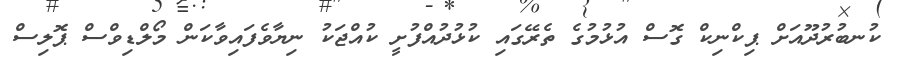
ކުނބުރުދޫއަށް ޕިކްނިކް ގޮސް އުޅުމުގެ ތެރޭގައި ކުޅުދުއްފުށީ ކުއްޖަކު ނިޔާވެފައިވާކަން މޯލްޑިވްސް ޕޮލިސް